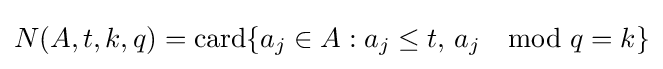
N(A,t,k,q)={\mbox{card}}\{a_{j}\in A:a_{j}\leq t,\,a_{j}\mod q=k\}